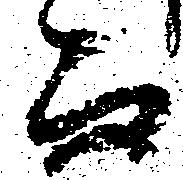
而